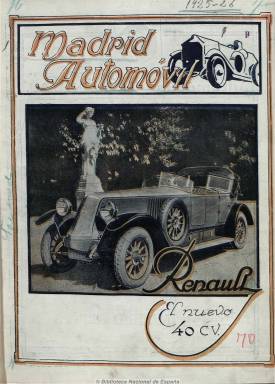
Título: Madrid automóvil
Colección: Automovilismo
Ámbito geográfico: Madrid
Lugar de publicación: Madrid
Fechas: 01/01/1925-31/12/1935

Revista mensual especializada al comercio de la industria del automóvil, dirigida por M. Mozas del Campo, en números que van desde la docena a la treintena de páginas. Ofrece información sobre el mercado español del automóvil al objeto de orientar al comprador y recoge disposiciones oficiales sobre la importación de los vehículos y los accesorios, así como reportajes de salones, exposiciones, campeonatos, albergues de carretera y conocimientos útiles para su mantenimiento y conservación. También ofrece noticias varias y las matriculaciones de vehículos y el nombre de sus propietarios, y los representantes de concesionarios de marcas en Madrid y provincias, todo ello acompañado de fotografías. Inserta también anuncios publicitarios.